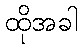
ထိုအခါ